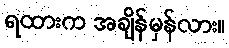
ရထားက အချိန်မှန်လား။